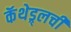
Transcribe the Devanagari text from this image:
कॅथेड्र्लची